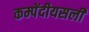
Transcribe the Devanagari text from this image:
कम्पेंदीयसली